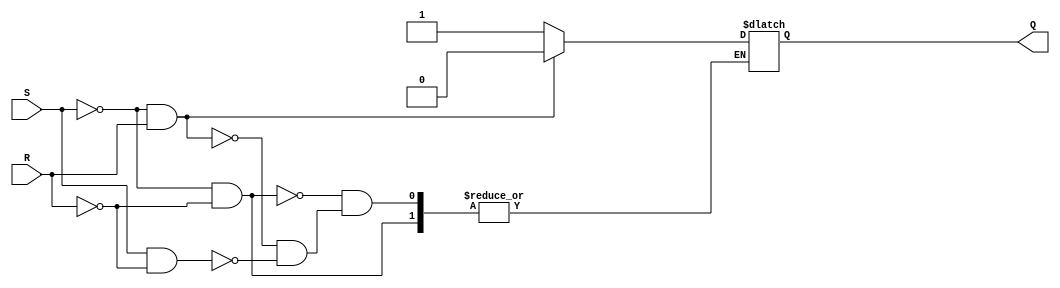
module latch_SR (S, R, Q);

	input S;
	input R;
	output reg Q;
    
    always @ (*) begin
		//se S e R forem iguais a 0 a sada ser o Q anterior
        if (!S && !R) begin
            Q <= Q; 
        end

        else if (!S && R) begin 
            Q <= 1'b0; 
        end

        else if (S && !R) begin
            Q <= 1'b1;
        end 
    end
endmodule